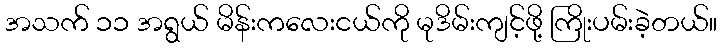
အသက် ၁၁ အရွယ် မိန်းကလေးငယ်ကို မုဒိမ်းကျင့်ဖို့ ကြိုးပမ်းခဲ့တယ်။